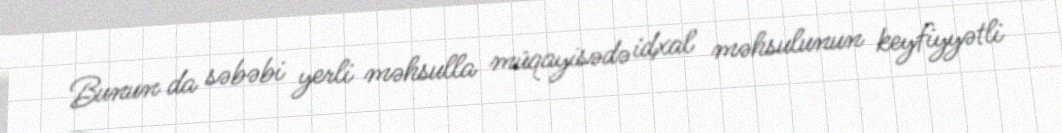
Bunun da səbəbi yerli məhsulla müqayisədə idxal məhsulunun keyfiyyətli